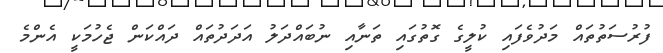
ފުރުސަތުތައް މަދުވެފައި ކުލީގެ ގޮތުގައި ތަނާއި ނުބައްދަލު އަދަދުތައް ދައްކަން ޖެހުމަކީ އެންމެ